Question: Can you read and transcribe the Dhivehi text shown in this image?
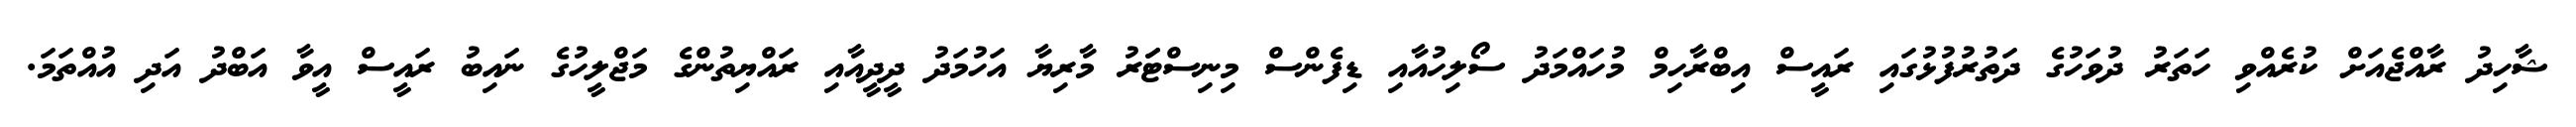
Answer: ޝާހިދު ރާއްޖެއަށް ކުރެއްވި ހަތަރު ދުވަހުގެ ދަތުރުފުޅުގައި ރައީސް އިބްރާހިމް މުހައްމަދު ސޯލިހުއާއި ޑިފެންސް މިނިސްޓަަރު މާރިޔާ އަހުމަދު ދީދީއާއި ރައްޔިތުންގެ މަޖްލީހުގެ ނައިބު ރައީސް އީވާ އަބްދު އަދި އުއްތަމަ.